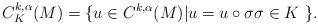
LaTeX: \begin{align*}C_K^{k,\alpha}(M) &= \{ u \in C^{k,\alpha} (M)|u = u \circ \sigma \sigma \in K\ \}.\end{align*}